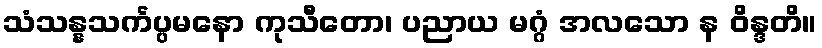
သံသန္နသင်္ကပ္ပမနော ကုသီတော၊ ပညာယ မဂ္ဂံ အလသော န ဝိန္ဒတိ။